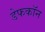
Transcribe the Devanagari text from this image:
डेफकॉन